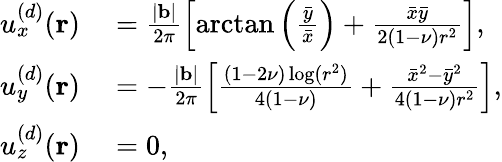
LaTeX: \begin{array}{rl}{u_{x}^{(d)}(\mathbf{r})}&{{}=\frac{|\mathbf{b}|}{2\pi}\left[\arctan\left(\frac{\bar{y}}{\bar{x}}\right)+\frac{\bar{x}\bar{y}}{2(1-\nu)r^{2}}\right],}\\ {u_{y}^{(d)}(\mathbf{r})}&{{}=-\frac{|\mathbf{b}|}{2\pi}\left[\frac{(1-2\nu)\log(r^{2})}{4(1-\nu)}+\frac{\bar{x}^{2}-\bar{y}^{2}}{4(1-\nu)r^{2}}\right],}\\ {u_{z}^{(d)}(\mathbf{r})}&{{}=0,}\end{array}